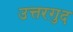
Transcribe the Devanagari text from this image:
उत्तरगुद